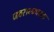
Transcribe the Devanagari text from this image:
जठरान्त्रपरक